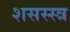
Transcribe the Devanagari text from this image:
शसस्स्त्र